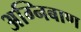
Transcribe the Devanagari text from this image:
अग्‍निबाण